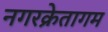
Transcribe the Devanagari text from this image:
नगरक्रेतागम